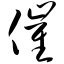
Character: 催